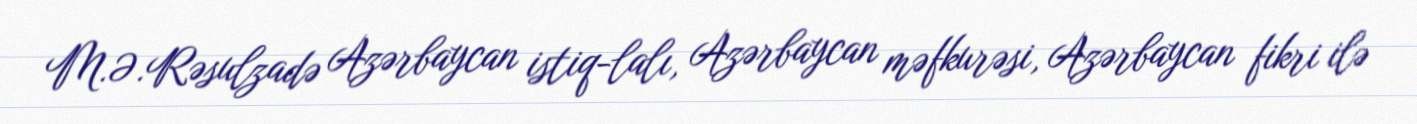
M.Ə.Rəsulzadə Azərbaycan istiq­lalı, Azərbaycan məfkurəsi, Azərbaycan fikri ilə